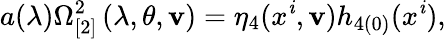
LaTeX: a(\lambda)\Omega_{\lbrack2]}^{2}\left(\lambda,\theta,\mathbf{v}\right)=\eta_{4}(x^{\mathit{i}},\mathbf{v})h_{4(0)}(x^{\mathit{i}}),